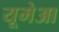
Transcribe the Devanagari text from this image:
यूमेआ